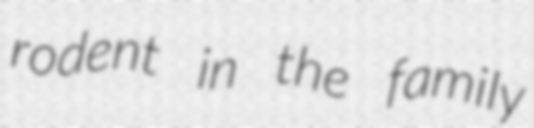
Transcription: rodent in the family